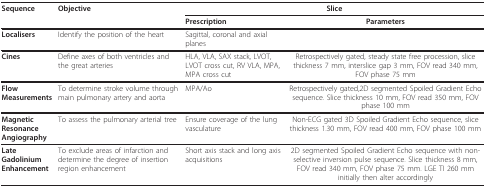
<table><thead><tr><td><b>Sequence</b></td><td><b>Objective</b></td><td colspan="2"><b>Slice</b></td></tr><tr><td></td><td></td><td><b>Prescription</b></td><td><b>Parameters</b></td></tr></thead><tbody><tr><td><b>Localisers</b></td><td>Identify the position of the heart</td><td>Sagittal, coronal and axial planes</td><td></td></tr><tr><td><b>Cines</b></td><td>Define axes of both ventricles and the great arteries</td><td>HLA, VLA, SAX stack, LVOT, LVOT cross cut, RV VLA, MPA, MPA cross cut</td><td>Retrospectively gated, steady state free procession, slice thickness 7 mm, interslice gap 3 mm, FOV read 340 mm, FOV phase 75 mm</td></tr><tr><td><b>Flow Measurements</b></td><td>To determine stroke volume through main pulmonary artery and aorta</td><td>MPA/Ao</td><td>Retrospectively gated,2D segmented Spoiled Gradient Echo sequence. Slice thickness 10 mm, FOV read 350 mm, FOV phase 100 mm</td></tr><tr><td><b>Magnetic Resonance Angiography</b></td><td>To assess the pulmonary arterial tree</td><td>Ensure coverage of the lung vasculature</td><td>Non-ECG gated 3D Spoiled Gradient Echo sequence, slice thickness 1.30 mm, FOV read 400 mm, FOV phase 100 mm</td></tr><tr><td><b>Late Gadolinium Enhancement</b></td><td>To exclude areas of infarction and determine the degree of insertion region enhancement</td><td>Short axis stack and long axis acquisitions</td><td>2D segmented Spoiled Gradient Echo sequence with non-selective inversion pulse sequence. Slice thickness 8 mm, FOV read 340 mm, FOV phase 75 mm. LGE TI 260 mm initially then alter accordingly</td></tr></tbody></table>